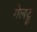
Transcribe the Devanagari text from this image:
गेलट्रू